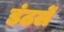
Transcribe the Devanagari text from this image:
डंठलें